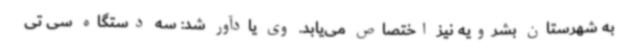
به شهرستان بشرویه نیز اختصاص می‌یابد. وی یادآور شد: سه دستگاه سی تی